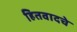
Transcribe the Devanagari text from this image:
हितवादचे